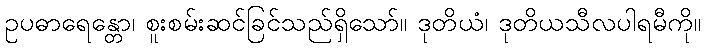
ဥပဓာရေန္တော၊ စူးစမ်းဆင်ခြင်သည်ရှိသော်။ ဒုတိယံ၊ ဒုတိယသီလပါရမီကို။